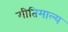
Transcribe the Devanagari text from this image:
गीतिमाल्य